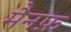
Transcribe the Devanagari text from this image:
मैनफ़